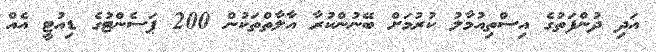
އަދި ދުންފަތުގެ އިސްތިއުމާލު ކުރުމަށް ބޭނުންކުރާ އާލާތްތަކުން 200 ޕަސެންޓުގެ ޑިއުޓީ އެއް